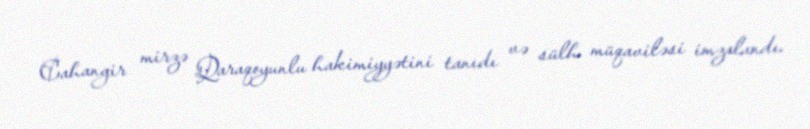
Cahangir mirzə Qaraqoyunlu hakimiyyətini tanıdı və sülh müqaviləsi imzalandı.